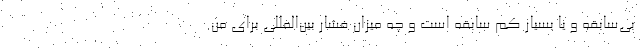
بی‌سابقه و یا بسیار کم سابقه است و چه میزان فشار بین‌المللی برای من